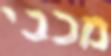
מכבי